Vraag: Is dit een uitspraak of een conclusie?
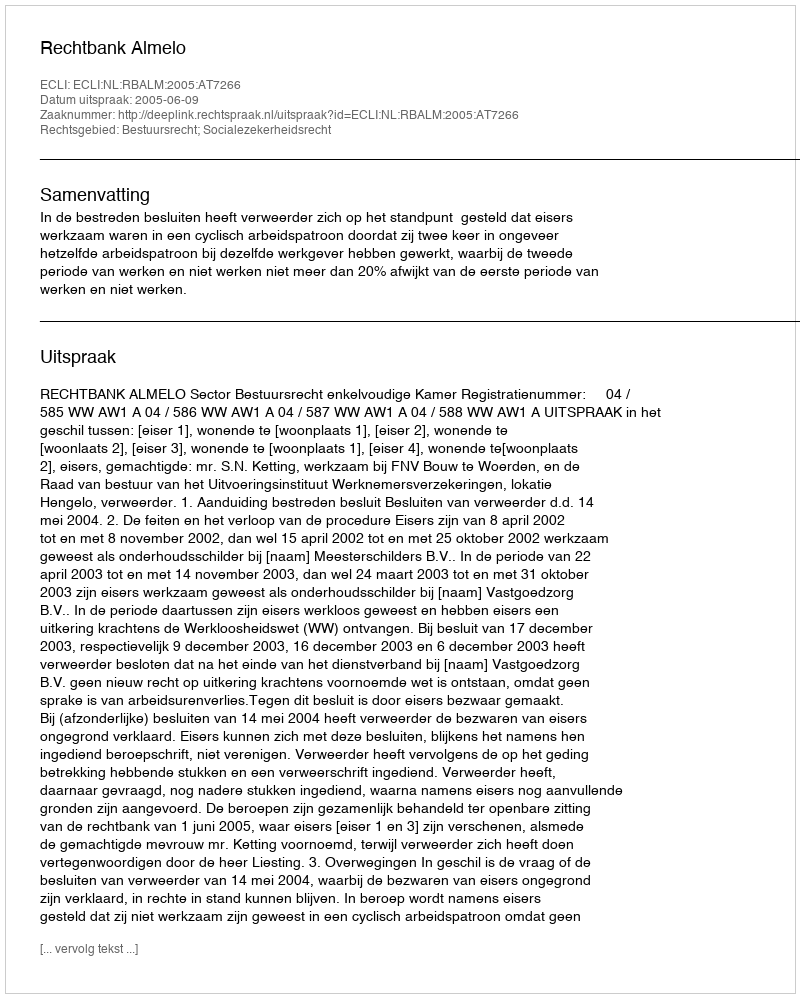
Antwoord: Uitspraak